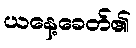
ယနေ့ခေတ်၏